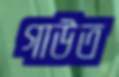
গাউত